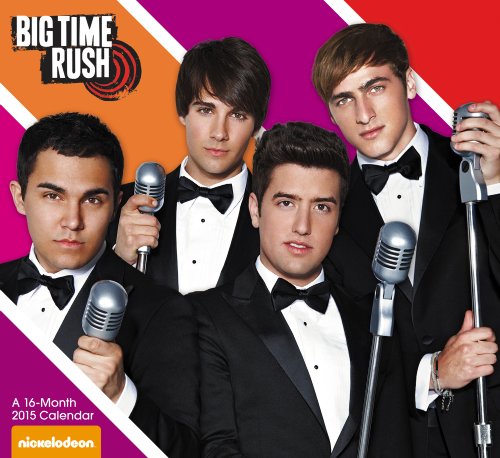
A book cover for Big Time Rush Wall Calendar (2015); Day Dream; Calendars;